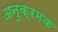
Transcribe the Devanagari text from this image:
अनुक्रमक